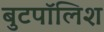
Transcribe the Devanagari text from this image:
बुटपॉलिश